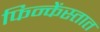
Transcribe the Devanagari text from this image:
फिन्केंस्तात